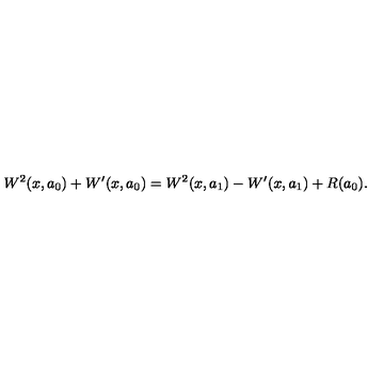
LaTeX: W ^ { 2 } ( x , a _ { 0 } ) + W ^ { \prime } ( x , a _ { 0 } ) = W ^ { 2 } ( x , a _ { 1 } ) - W ^ { \prime } ( x , a _ { 1 } ) + R ( a _ { 0 } ) .